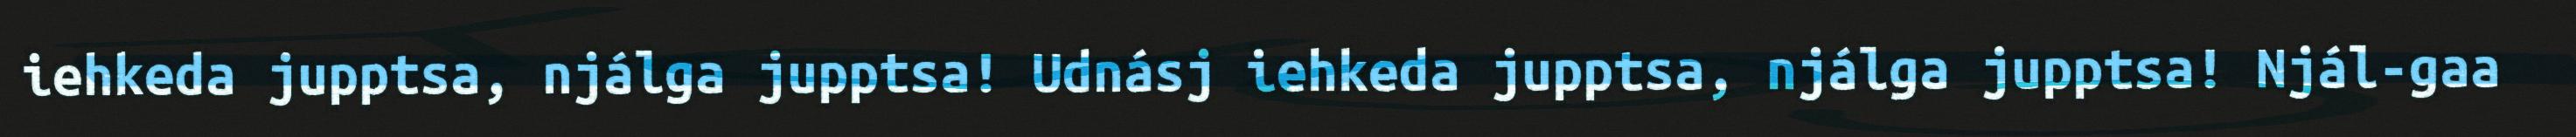
iehkeda jupptsa, njálga jupptsa! Udnásj iehkeda jupptsa, njálga jupptsa! Njál-gaa